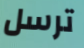
ترسل